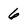
Character: 6